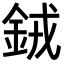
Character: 𬫍